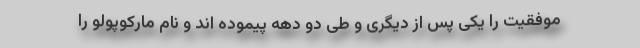
موفقیت را یکی پس از دیگری و طی دو دهه پیموده اند و نام مارکوپولو را